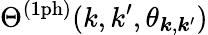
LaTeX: \Theta^{\mathrm{(1ph)}}(k,k^{\prime},\theta_{\boldsymbol{k},\boldsymbol{k}^{\prime}})